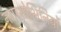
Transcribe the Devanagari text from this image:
नगरशोभिनियों